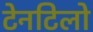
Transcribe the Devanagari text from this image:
टेनटिलो